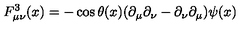
F _ { \mu \nu } ^ { 3 } ( x ) = - \cos \theta ( x ) ( \partial _ { \mu } \partial _ { \nu } - \partial _ { \nu } \partial _ { \mu } ) \psi ( x )